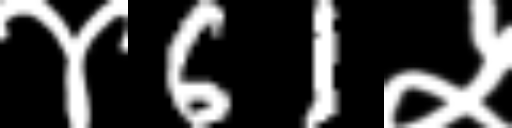
Text: ४61५